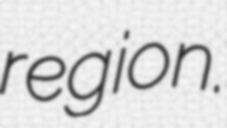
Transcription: region.